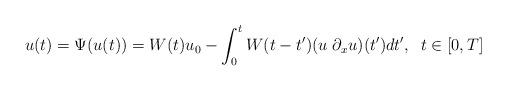
LaTeX: \begin{align*}u(t)=\Psi(u(t))=W(t)u_0-\int_0^{t} W(t-t')(u \; \partial_x u)(t')dt',\;\;t\in[0,T]\end{align*}